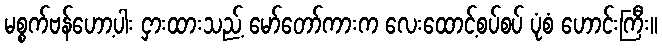
မစ္စက်ဗန်ဟော့ပါး ငှားထားသည့် မော်တော်ကားက လေးထောင့်စပ်စပ် ပုံစံ ဟောင်းကြီး။